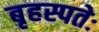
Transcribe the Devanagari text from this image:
बृहस्पतेः